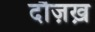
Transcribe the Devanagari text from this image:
दौज़ख़